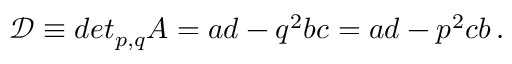
\mathcal { D } \equiv d e t _ { p , q } A = a d - q ^ { 2 } b c = a d - p ^ { 2 } c b \, .